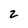
Character: 2